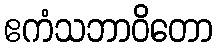
ဧကံသဘာဝိတော